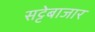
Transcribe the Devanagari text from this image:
सट्टेबाजार